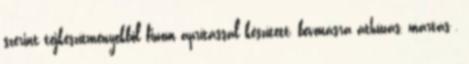
szerint tejkészítményekből finom aprítással készített, bevonásra áthúzás, mártás ,